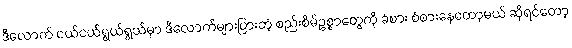
ဒီလောက် ငယ်ငယ်ရွယ်ရွယ်မှာ ဒီလောက်များပြားတဲ့ စည်းစိမ်ဥစ္စာတွေကို ခံစား စံစားနေတော့မယ် ဆိုရင်တော့